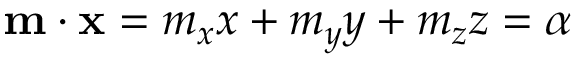
\begin{array} { r } { \mathbf { m } \cdot \mathbf { x } = m _ { x } x + m _ { y } y + m _ { z } z = \alpha } \end{array}